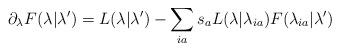
LaTeX: \begin{align*} \partial_{\lambda} F(\lambda|\lambda') = L(\lambda|\lambda') - \sum_{ia}s_aL(\lambda|\lambda_{ia})F(\lambda_{ia}|\lambda')\end{align*}